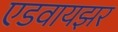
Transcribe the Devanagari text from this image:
एडवायझर